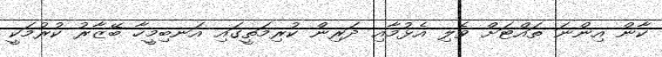
ކާން އިންނަ ތައްޓަށް ވެލި އެޅުމާއި ދަރިން ކުރިމަތީގައި އަނބިމީހާ ބޭޒާރު ކުރުމަކީ